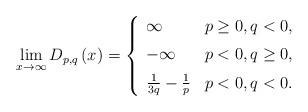
LaTeX: \begin{align*}\lim_{x\rightarrow \infty }D_{p,q}\left( x\right) =\left\{ \begin{array}{ll}\infty \medskip & p\geq 0,q<0, \\ -\infty \medskip & p<0,q\geq 0, \\ \frac{1}{3q}-\frac{1}{p} & p<0,q<0.\end{array}\right. \end{align*}